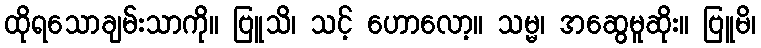
ထိုရသောချမ်းသာကို။ ဗြူသိ၊ သင့် ဟောလော့။ သမ္မ၊ အဆွေမူဆိုး။ ဗြူမိ၊